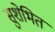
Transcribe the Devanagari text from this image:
सुशेभित